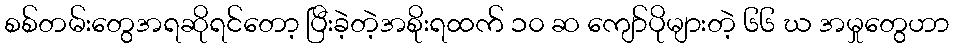
စစ်တမ်းတွေအရဆိုရင်တော့ ပြီးခဲ့တဲ့အစိုးရထက် ၁၀ ဆ ကျော်ပိုများတဲ့ ၆၆ ဃ အမှုတွေဟာ